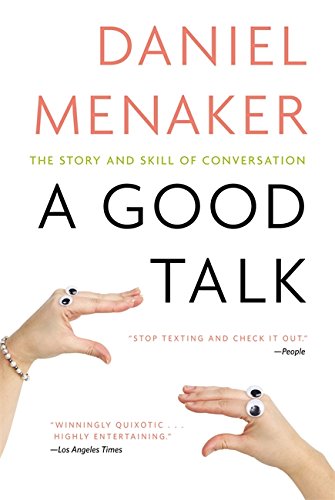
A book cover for A Good Talk: The Story and Skill of Conversation; Daniel Menaker; Reference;